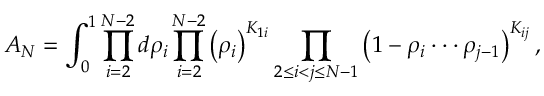
A _ { N } = \int _ { 0 } ^ { 1 } \prod _ { i = 2 } ^ { N - 2 } d \rho _ { i } \prod _ { i = 2 } ^ { N - 2 } \left( \rho _ { i } \right) ^ { K _ { 1 i } } \prod _ { 2 \le i < j \le N - 1 } \left( 1 - \rho _ { i } \cdot \cdot \cdot \rho _ { j - 1 } \right) ^ { K _ { i j } } ,